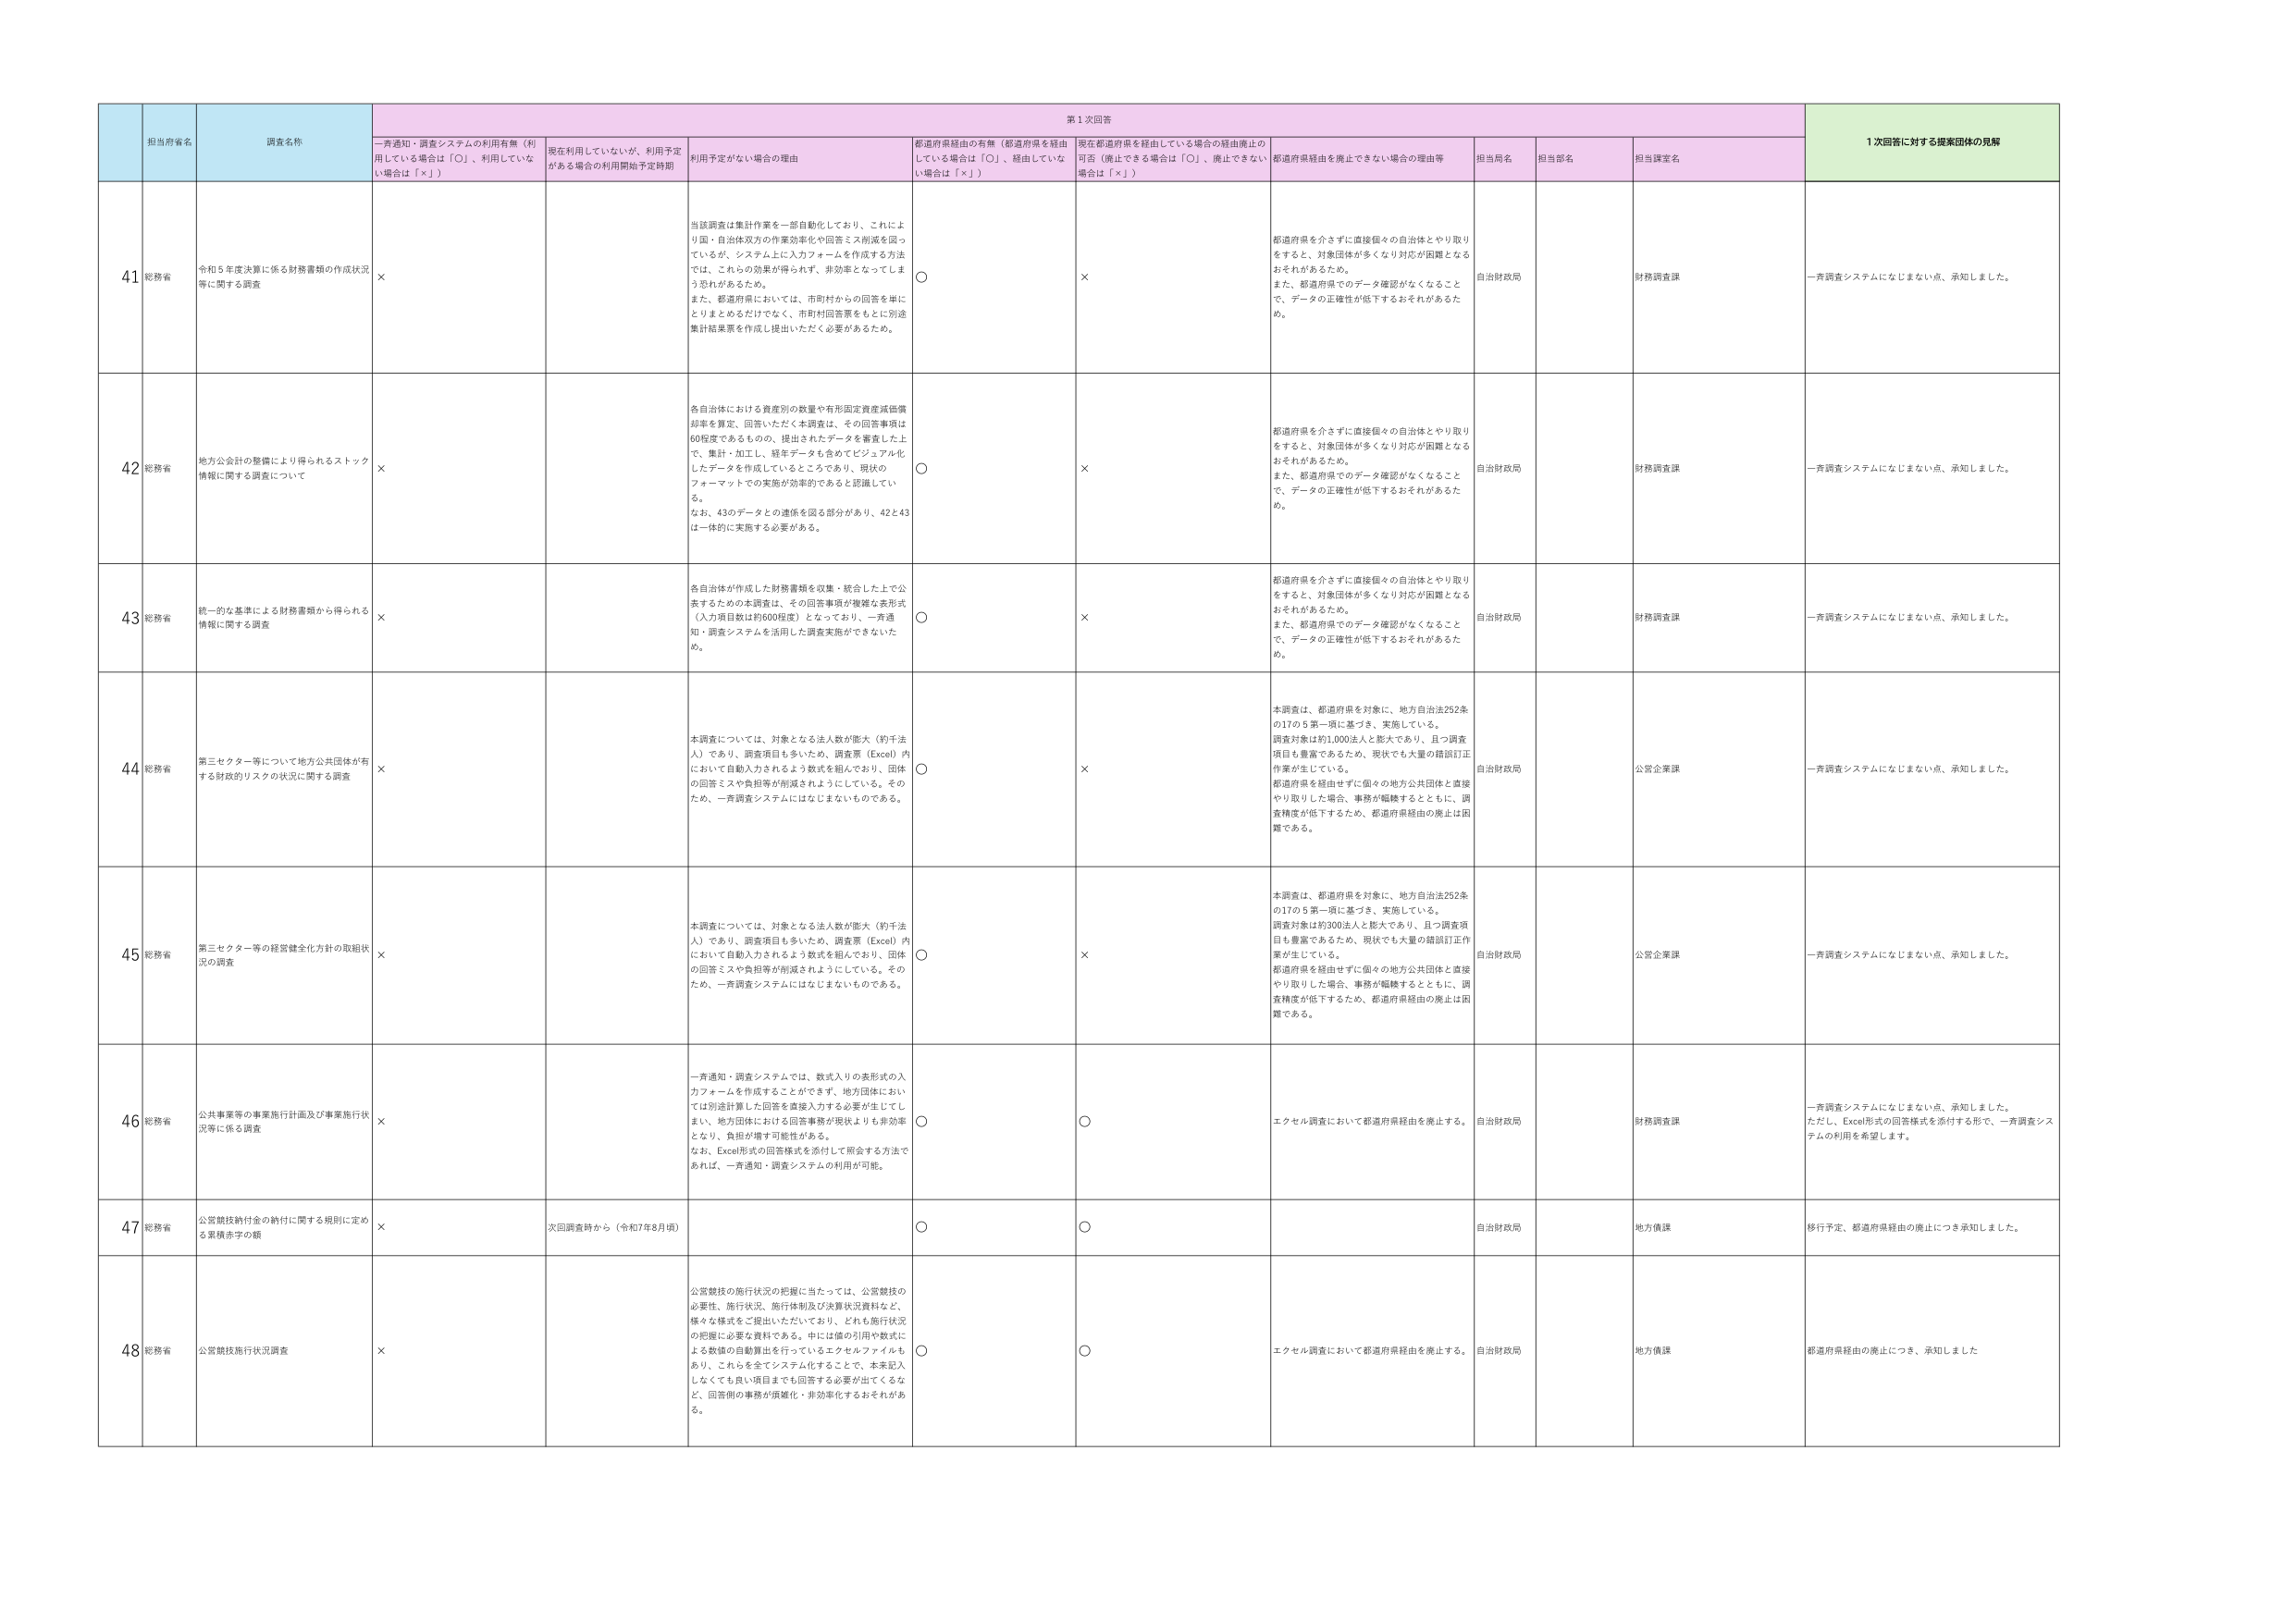
41 総務省 令和5年度決算に係る財務書類の作成状況等に関する調査 × 当該調査は集計作業を一部自動化しており、これにより国・自治体双方の作業効率化や回答ミス削減を図っているが、システム上に入力フォームを作成する方法では、これらの効果が得られず、非効率となってしまう恐れがあるため。 また、都道府県においては、市町村からの回答を単にとりまとめるだけでなく、市町村回答票をもとに別途集計結果票を作成し提出いただく必要があるため。 ○ × 都道府県を介さずに直接個々の自治体とやり取りをすると、対象団体が多くなり対応が困難となるおそれがあるため。 また、都道府県でのデータ確認がなくなることで、データの正確性が低下するおそれがあるため。 自治財政局 財務調査課 一斉調査システムになじまない点、承知しました。

42 総務省 地方公会計の整備により得られるストック情報に関する調査について × 各自治体における資産別の数量や有形固定資産減価償却率を算定、回答いただく本調査は、その回答事項は60程度であるものの、提出されたデータを審査した上で、集計・加工し、経年データも含めてビジュアル化したデータを作成しているところであり、現状のフォーマットでの実施が効率的であると認識している。 なお、43のデータとの連係を図る部分があり、42と43は一体的に実施する必要がある。 ○ × 都道府県を介さずに直接個々の自治体とやり取りをすると、対象団体が多くなり対応が困難となるおそれがあるため。 また、都道府県でのデータ確認がなくなることで、データの正確性が低下するおそれがあるため。 自治財政局 財務調査課 一斉調査システムになじまない点、承知しました。

43 総務省 統一的な基準による財務書類から得られる情報に関する調査 × 各自治体が作成した財務書類を収集・統合した上で公表するための本調査は、その回答事項が複雑な表形式（入力項目数は約600程度）となっており、一斉通知・調査システムを活用した調査実施ができないため。 ○ × 都道府県を介さずに直接個々の自治体とやり取りをすると、対象団体が多くなり対応が困難となるおそれがあるため。 また、都道府県でのデータ確認がなくなることで、データの正確性が低下するおそれがあるため。 自治財政局 財務調査課 一斉調査システムになじまない点、承知しました。

44 総務省 第三セクター等について地方公共団体が有する財政的リスクの状況に関する調査 × 本調査については、対象となる法人数が膨大（約千法人）であり、調査項目も多いため、調査票（Excel）内において自動入力されるよう数式を組んでおり、団体の回答ミスや負担等が削減されようとしている。そのため、一斉調査システムにはなじまないものである。 ○ × 本調査は、都道府県を対象に、地方自治法252条の17の5第一項に基づき、実施している。 調査対象は約1,000法人と膨大であり、且つ調査項目も豊富であるため、現状でも大量の錯誤訂正作業が生じている。 都道府県を経由せずに個々の地方公共団体と直接やり取りした場合、事務が転換するとともに、調査精度が低下するため、都道府県経由の廃止は困難である。 自治財政局 公営企業課 一斉調査システムになじまない点、承知しました。

45 総務省 第三セクター等の経営健全化方針の取組状況の調査 × 本調査については、対象となる法人数が膨大（約千法人）であり、調査項目も多いため、調査票（Excel）内において自動入力されるよう数式を組んでおり、団体の回答ミスや負担等が削減されようとしている。そのため、一斉調査システムにはなじまないものである。 ○ × 本調査は、都道府県を対象に、地方自治法252条の17の5第一項に基づき、実施している。 調査対象は約300法人と膨大であり、且つ調査項目も豊富であるため、現状でも大量の錯誤訂正作業が生じている。 都道府県を経由せずに個々の地方公共団体と直接やり取りした場合、事務が転換するとともに、調査精度が低下するため、都道府県経由の廃止は困難である。 自治財政局 公営企業課 一斉調査システムになじまない点、承知しました。

46 総務省 公共事業等の事業施行計画及び事業施行状況等に係る調査 × 一斉通知・調査システムでは、数式入りの表形式の入力フォームを作成することができず、地方団体においては別途計算した回答を直接入力する必要が生じてしまい、地方団体における回答事務が現状よりも非効率となり、負担が増す可能性がある。 なお、Excel形式の回答様式を添付して照会する方法であれば、一斉通知・調査システムの利用が可能。 ○ ○ エクセル調査において都道府県経由を廃止する。 自治財政局 財務調査課 一斉調査システムになじまない点、承知しました。 ただし、Excel形式の回答様式を添付する形で、一斉調査システムの利用を希望します。

47 総務省 公営競技納付金の納付に関する規則に定める累積赤字の額 × 次回調査時から（令和7年8月頃） ○ ○ 自治財政局 地方債課 移行予定、都道府県経由の廃止につき承知しました。

48 総務省 公営競技施行状況調査 × 公営競技の施行状況の把握に当たっては、公営競技の必要性、施行状況、施行体制及び決算状況資料など、様々な様式をご提出いただいており、どれも施行状況の把握に必要な資料である。中には値の引用や数式による数値の自動算出を行っているエクセルファイルもあり、これらを全てシステム化することで、本来記入しなくても良い項目までも回答する必要が出てくるなど、回答側の事務が煩雑化・非効率化するおそれがある。 ○ ○ エクセル調査において都道府県経由を廃止する。 自治財政局 地方債課 都道府県経由の廃止につき、承知しました

担当府省名 調査名称 一斉通知・調査システムの利用有無（利用している場合は「○」、利用していない場合は「×」） 現在利用していないが、利用予定がある場合の利用開始予定時期 利用予定がない場合の理由 都道府県経由の有無（都道府県を経由している場合は「○」、経由していない場合は「×」） 現在都道府県を経由している場合の経由廃止の可否（廃止できる場合は「○」、廃止できない場合は「×」） 都道府県経由を廃止できない場合の理由等 担当局名 担当部名 担当課室名 1次回答に対する提案団体の見解 第1次回答